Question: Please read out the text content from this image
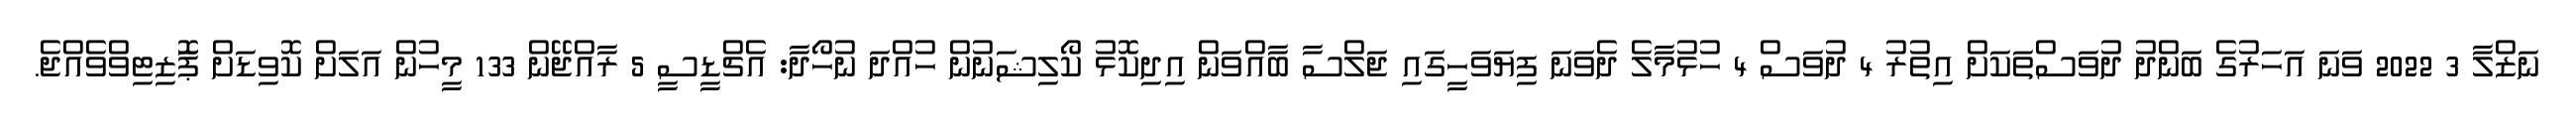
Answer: ނަޒްލާ 3 2022 ވަނަ އަހަރުގެ ބަންދު ދުވަސްތަކަށް އިތުރު 4 ދުވަސް 4 ހުޅުމާލެ ދެވަނަ ފިޔަވަހީގައި ޖަލްސާ ބާއްވަން އިދިކޮޅު ކޯލިޝަނުން ހުއްދަ ނުހޯދާ: އެޗްޑީސީ 5 ރާއްޖޭން 133 މީހުން އަލަށް ކޮވިޑަށް ޕަޮޒިޓިވްވެއްޖެ.